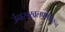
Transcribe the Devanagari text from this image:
उंचसखलपणावरून